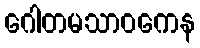
ဂေါတမသာဝကေန